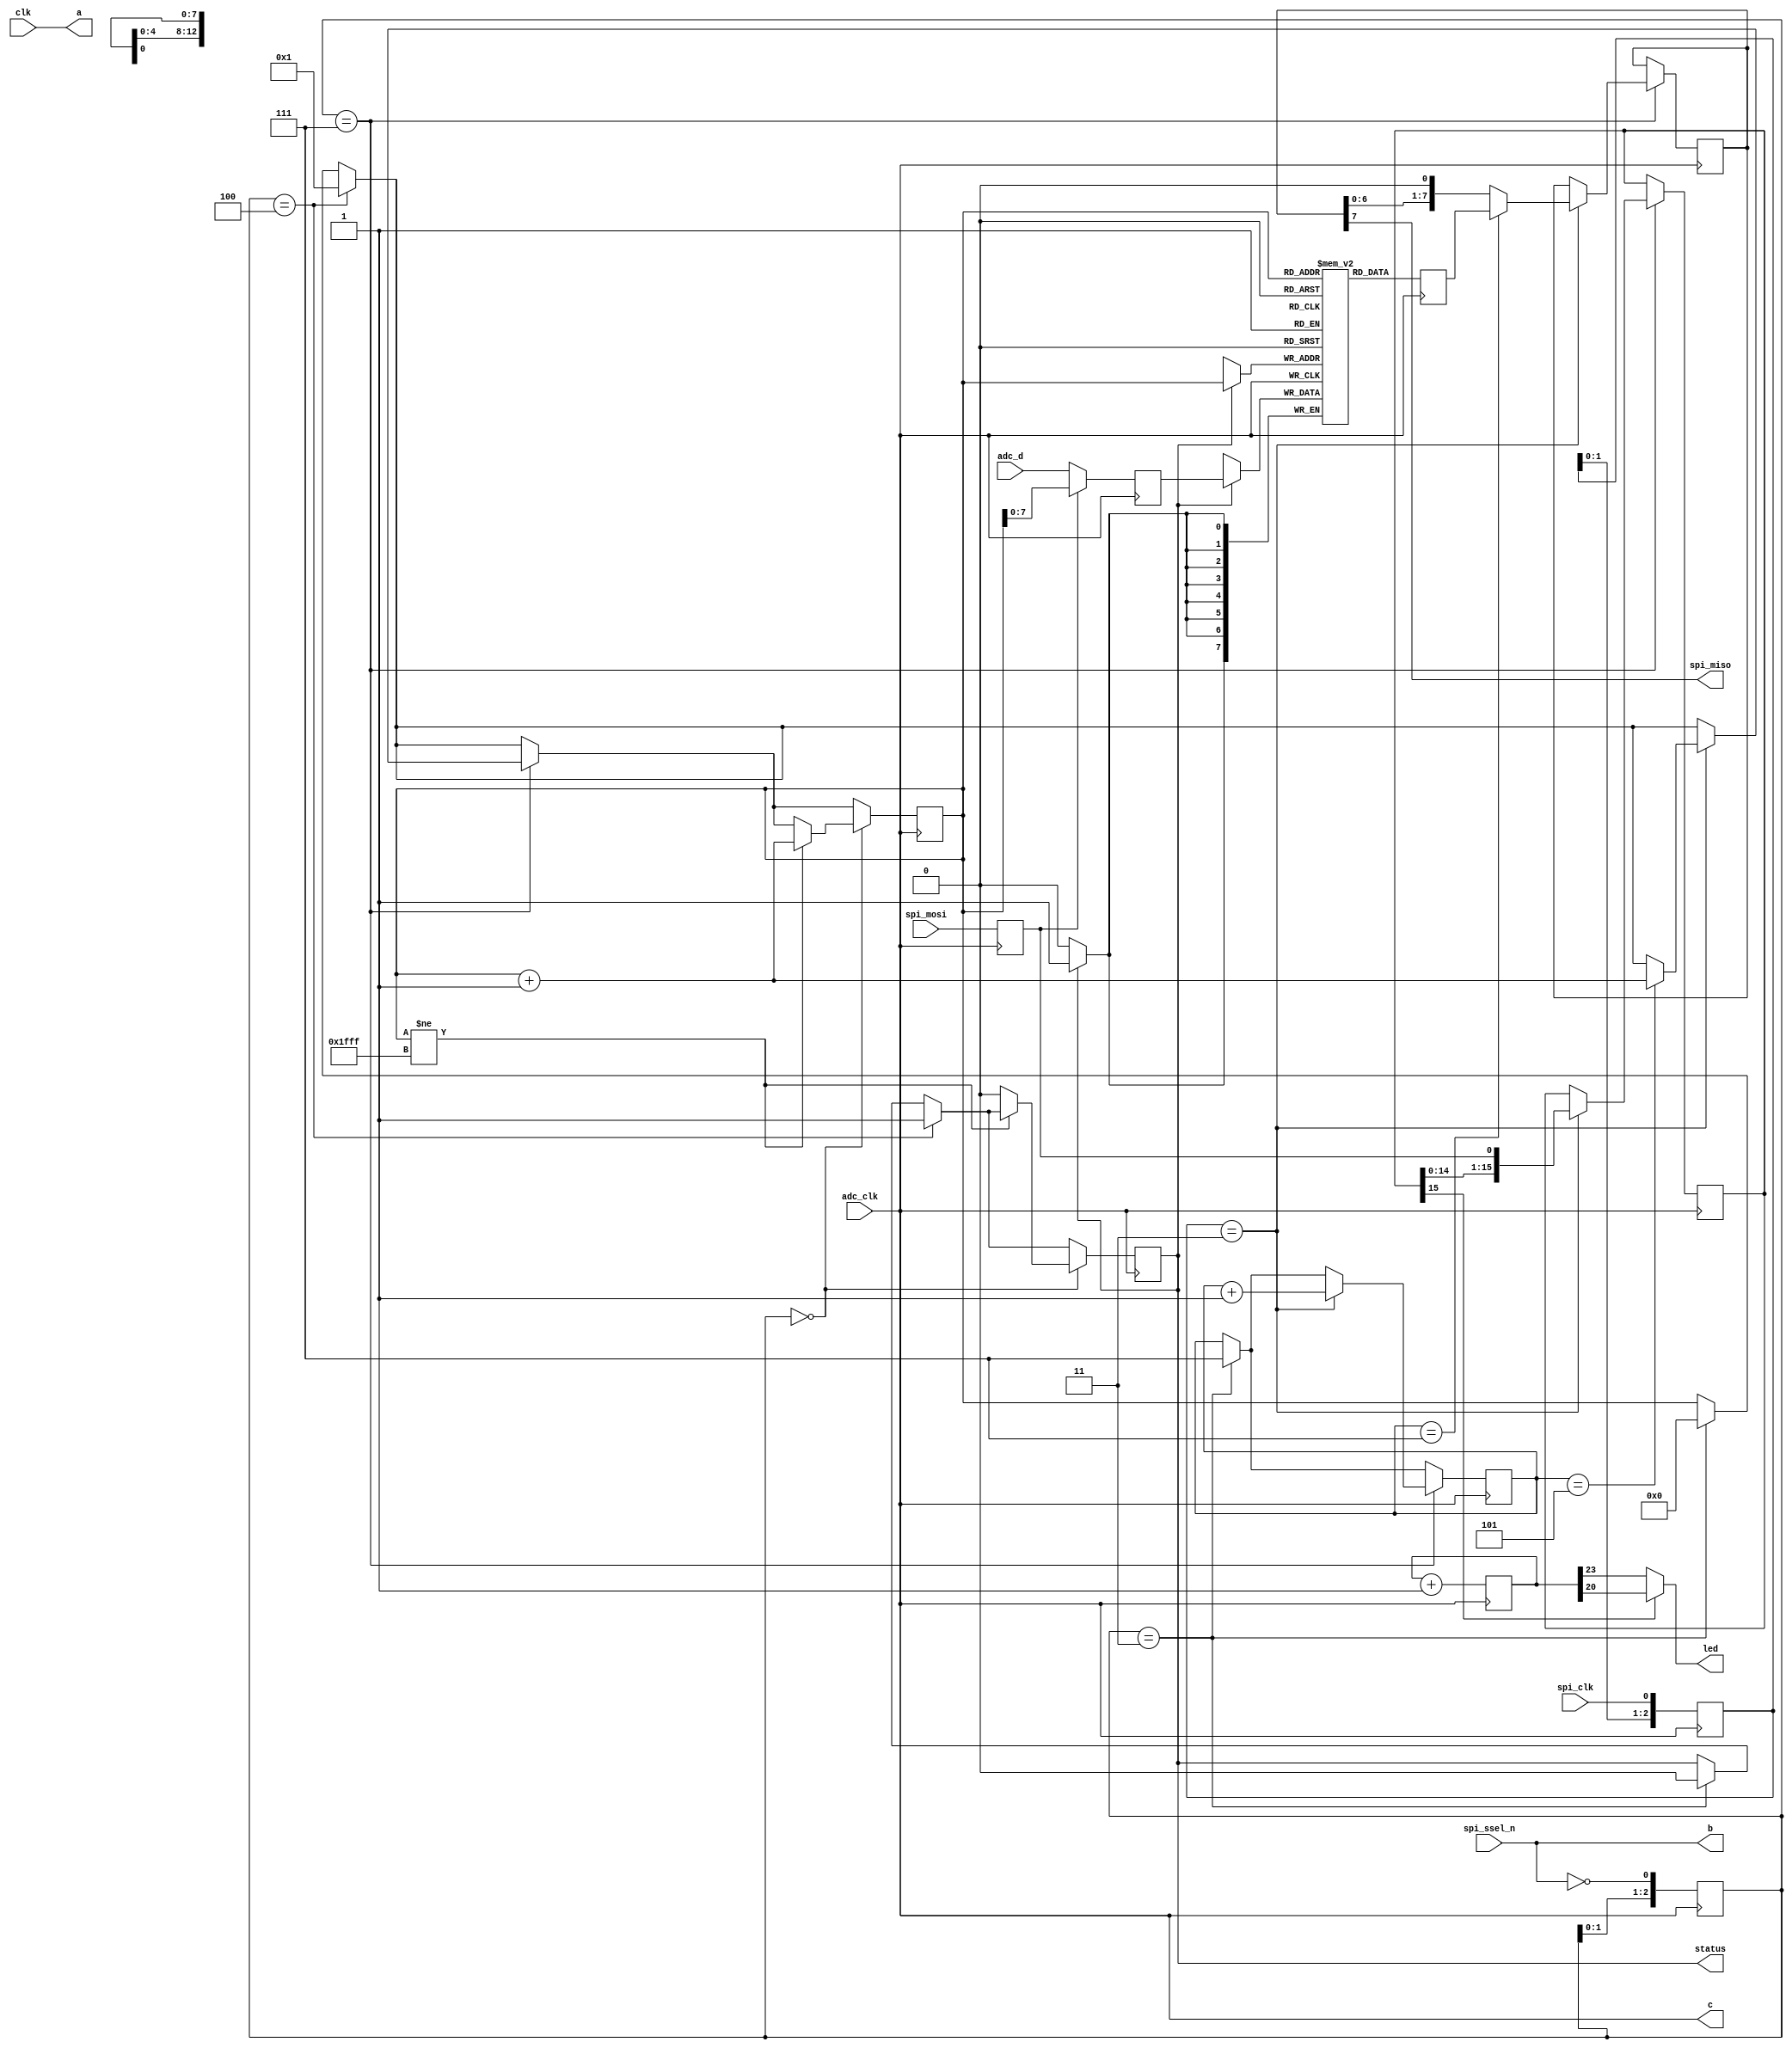
`timescale 1ns / 1ps
//////////////////////////////////////////////////////////////////////////////////
// Company: 
// Engineer: 
// 
// Design Name: 
// Module Name:    top 
// Project Name: 
// Target Devices: 
// Tool versions: 
// Description: 
//
// Dependencies: 
//
// Revision: 
// Revision 0.01 - File Created
// Additional Comments: 
//
//////////////////////////////////////////////////////////////////////////////////
module top(
	   input       clk,
//	   input 	 rst,
//	   output [15:0] tp,
	   output      a,
	   output      b,
	   output      c,
	   input       spi_clk, spi_mosi, spi_ssel_n,
	   output      spi_miso, 
	   input [7:0] adc_d,
	   input       adc_clk,
	   output      led,
	   output      status     
	   );

   reg [23:0] 		 count;
   reg [2:0] 		 spi_clk_reg;
   reg 			 spi_mosi_reg;
   reg [15:0] 		 spi_idr;
   reg [2:0]		 ssel_reg;
   reg [7:0] 		 spi_odr;

   //2Kx9 2048 8 1 (7:0) (0:0) (10:0) RAMB16_S9 18K
   reg 			 mem_we;
   reg [7:0]		 mem_data;
   reg [7:0] 		 mem[8191:0];
   reg [7:0] 		 mem_q;
   reg [12:0] 		 mem_addr;

   reg [2:0] 		 bitcnt;
   
   
   always @(posedge adc_clk) begin
	mem_q <= mem[mem_addr];
      if (mem_we) mem[mem_addr] <= mem_data;
   end

   
//   assign tp = count;
   assign a = clk;
   assign b = spi_ssel_n;
   assign c = adc_clk;

//   assign spi_miso = (spi_ssel_n) ? 1'bz : spi_odr[7];
   assign spi_miso = spi_odr[7];   
   assign status = mem_we;   
//   assign adc_clk = clk;
   assign led = (spi_idr[15]) ? count[20] : count[23];

      
   always @(posedge adc_clk) begin
      if (spi_mosi_reg) 
	mem_data <= mem_addr[7:0]; 
      else
	mem_data <= adc_d; 
      count <= count + 1'b1;
      
      ssel_reg <= {ssel_reg[1:0], ~spi_ssel_n};
      spi_clk_reg <= {spi_clk_reg[1:0], spi_clk};
      spi_mosi_reg <= spi_mosi;
      
//      if (ssel_reg == 1'b1) begin
      //       if (sese
      if (ssel_reg == 3'b011) begin
	 mem_addr <= 1'b0;
	 mem_we <= 1'b0;
	 bitcnt <= 7;
      end
      if (ssel_reg == 3'b100) begin
	 mem_addr <= 0;
	 mem_addr <= 1'b1;
	 mem_we <= 1'b1;
      end
      if (ssel_reg == 3'b111) begin
	 if (spi_clk_reg == 3'b011) begin
	    spi_idr <= {spi_idr[14:0], spi_mosi_reg};
	    //spi_odr <= {spi_odr[6:0], spi_idr[7]};
	    bitcnt <= bitcnt + 1;
	    if (bitcnt == 5)
	      mem_addr <= mem_addr + 1;
	    if (bitcnt == 7)
	      spi_odr <= mem_q;
	    else
	      spi_odr <= {spi_odr[6:0], 1'b0};
	 end
      end
      if (ssel_reg == 3'b000) begin
	 if (mem_addr != 13'b1111111111111) begin
	    mem_addr <= mem_addr + 1;
	 end
	 else begin
	    mem_we <= 1'b0;
	 end
      end
   end
	

endmodule